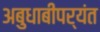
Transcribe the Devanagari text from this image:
अबुधाबीपर्यंत